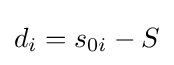
d_{i}=s_{0i}-S